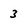
Character: 3